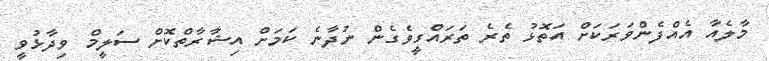
މާލެއާ އެއްފެންވަރަކަށް އަތޮޅު ތެރެ ތަރައްގީވެގެން ނުދާނެ ކަމަށް އިޝާރާތްކޮށް ސަލީމް ވިދާޅުވީ